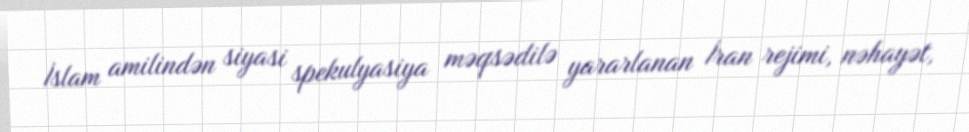
İslam amilindən siyasi spekulyasiya məqsədilə yararlanan İran rejimi, nəhayət,